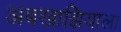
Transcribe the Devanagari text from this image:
अबखाझियाला